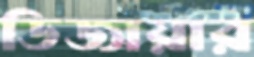
ডিজায়ার